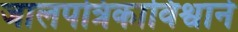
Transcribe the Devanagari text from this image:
जालपत्रिकाविश्वाने